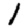
Digit: 1